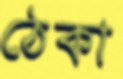
ঠেকা